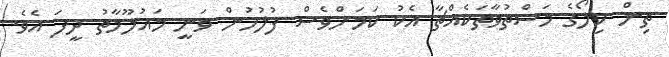
ތިން ކިލޯގެ މަސްތުވާތަކެއްޗާ އެކު ކަމަށްވެސް ފުލުހުން ވަނީ މައުލޫމާތު ދީފަ އެވެ.